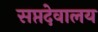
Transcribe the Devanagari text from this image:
सप्तदेवालय